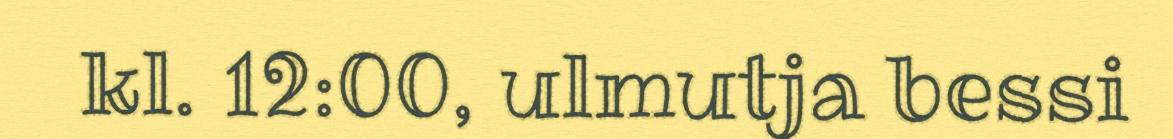
kl. 12:00, ulmutja bessi